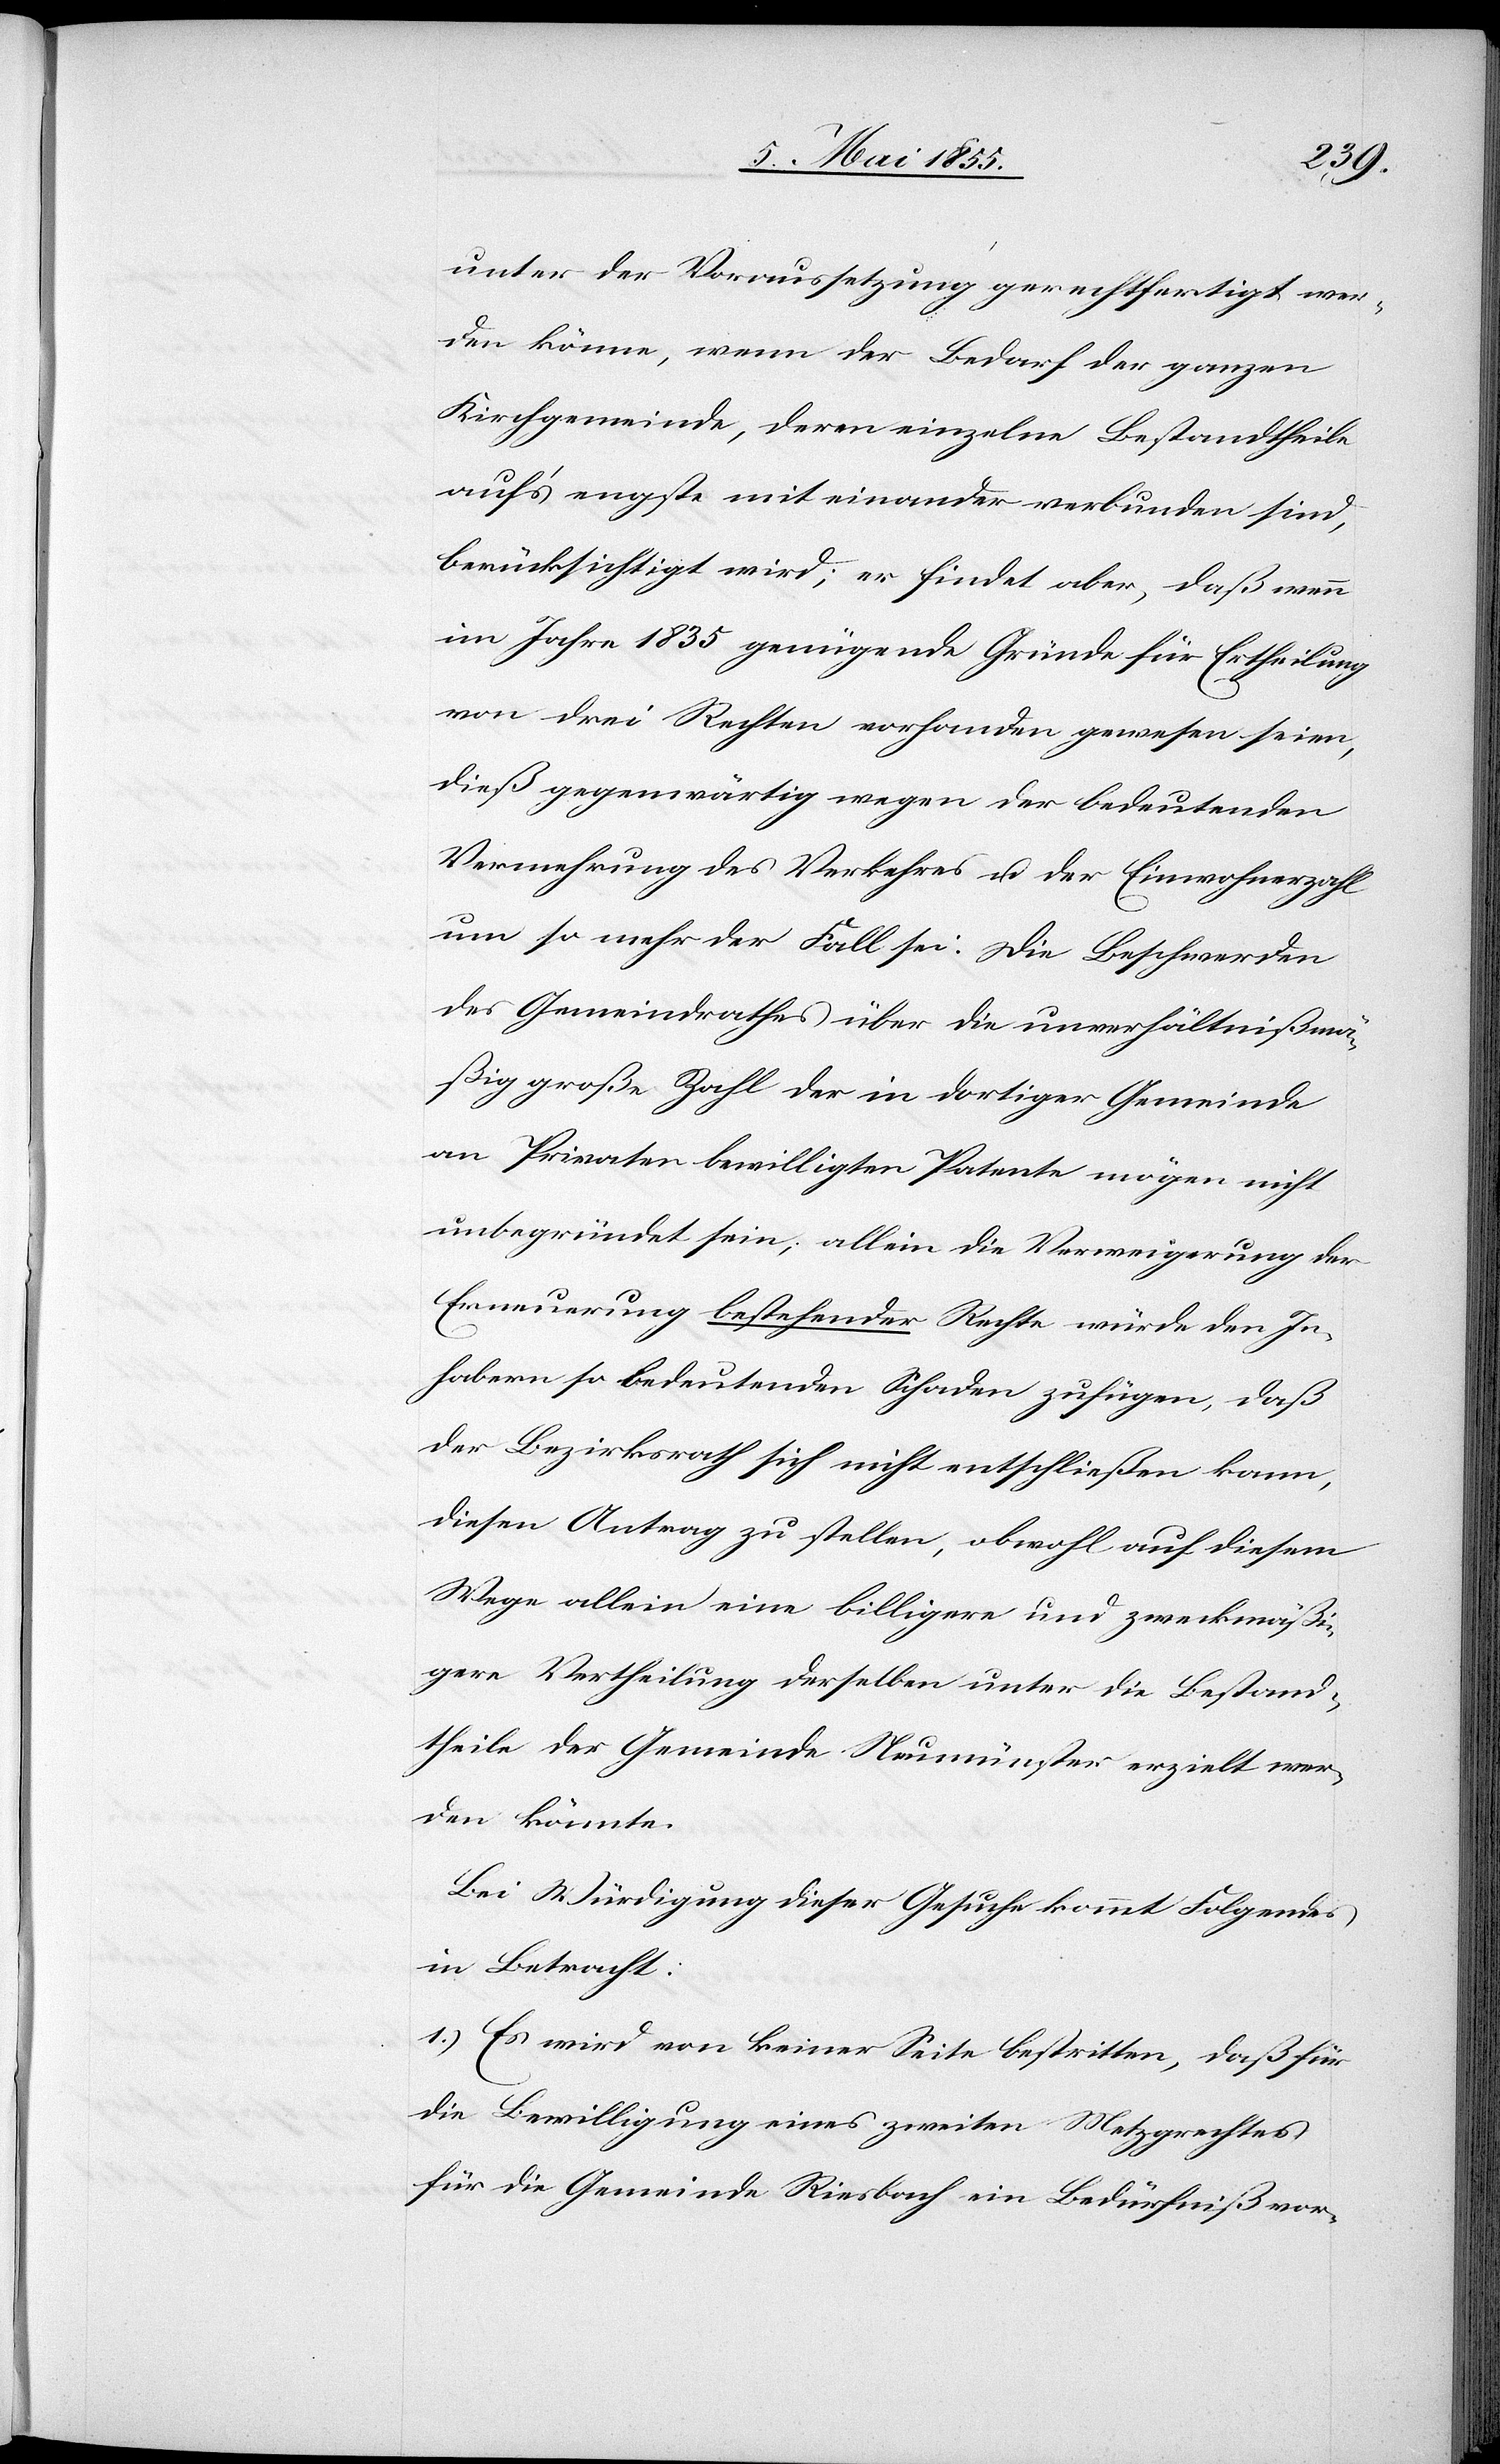
unter der Voraussetzung gerechtfertigt wer¬
den könne, wenn der Bedarf der ganzen
Kirchgemeinde, deren einzelne Bestandtheile
auf’s engste miteinander verbunden sind,
berücksichtigt wird; er findet aber, daß wenn
im Jahre 1835 genügende Gründe für Ertheilung
von drei Rechten vorhanden gewesen seien,
dieß gegenwärtig wegen der bedeutenden
Vermehrung des Verkehres u. der Einwohnerzahl
um so mehr der Fall sei. Die Beschwerden
des Gemeindrathes über die unverhältnißmä¬
ßig große Zahl der in dortiger Gemeinde
an Privaten bewilligten Patente mögen nicht
unbegründet sein; allein die Verweigerung der
Erneuerung bestehender Rechte würde den In¬
habern so bedeutenden Schaden zufügen, daß
der Bezirksrath sich nicht entschließen kann,
diesen Antrag zu stellen, obwohl auf diesem
Wege allein eine billigere und zweckmäßi¬
gere Vertheilung derselben unter die Bestand¬
theile der Gemeinde Neumünster erzielt wer¬
den könnte.
Bei Würdigung dieser Gesuche kommt Folgendes
in Betracht:
1.) Es wird von keiner Seite bestritten, daß für
die Bewilligung eines zweiten Metzgrechtes
für die Gemeinde Riesbach ein Bedürfniß vor-